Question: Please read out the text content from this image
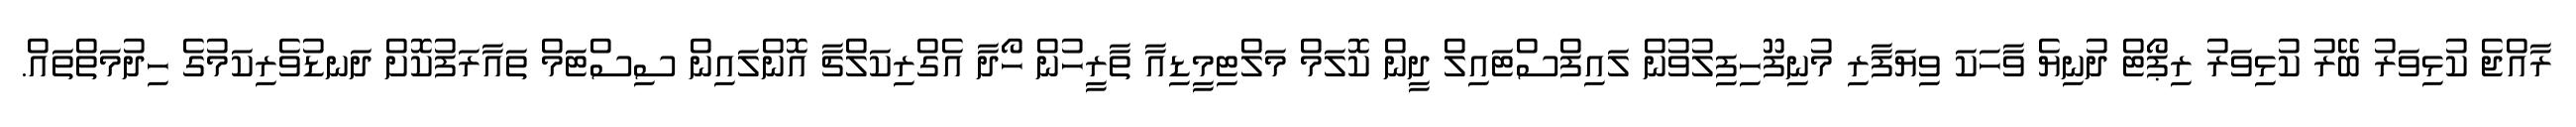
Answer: ރާއްޖެ ކުޅިވަރު ބޭރު ކުޅިވަރު ރިޕޯޓް ދުނިޔެ ވާހަކަ ވިޔަފާރި މުނިފޫހިފިލުވުން ލައިފްސްޓައިލް ދީން ކޮލަމް މަލްޓިމީޑިއާ ތާރީހުން ހޯދާ އެގްރިކަލްޗާ އޮންލައިން ސިސްޓަމް ތައާރަފުކޮށް ދަނޑުވެރިކަމުގެ ހިދުމަތްތައް.